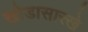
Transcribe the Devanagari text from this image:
खोडासारखे